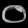
Digit: ၀